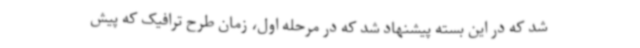
شد که در این بسته پیشنهاد شد که در مرحله اول، زمان طرح ترافیک که پیش